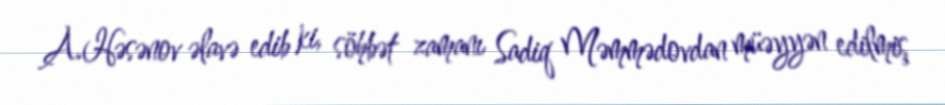
A.Həsənov əlavə edib ki, söhbət zamanı Sadiq Məmmədovdan müəyyən edilmiş